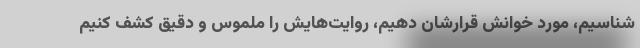
شناسیم، مورد خوانش قرارشان دهیم، روایت‌هایش را ملموس و دقیق کشف کنیم